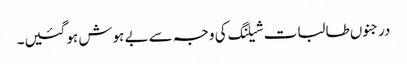
درجنوں طالبات شیلنگ کی وجہ سے بے ہوش ہوگئیں۔